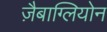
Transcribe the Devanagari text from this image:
ज़ैबाग्लियोन